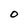
Character: O